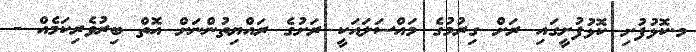
މ.ކޮޅުފުށި ކޮޅުފުށީގައި ރަށް ގިރުމުގެ މައްސަލައަކީ ރަށުގެ ރައްޔިތުންނަށް އޮތް ބިރުވެރިކަމެއް -